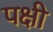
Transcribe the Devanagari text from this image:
पक्षी